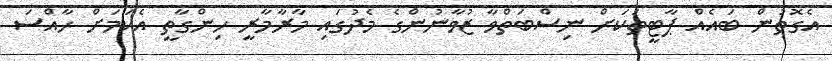
އެގޮތުން ބައެއް ޕާޓީތަކަށް ނިސްބަތްވާ ޒުވާނުންގެ މެދުގައި މާރާމާރީ ހިންގާތީ އެކަމަށް ހާއްސަ